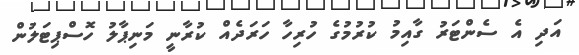
އަދި އެ ސެންޓަރު ގާއިމު ކުރުމުގެ ހުރިހާ ހަރަދެއް ކުރާނީ މަނިޕާލު ހޮސްޕިޓަލުން